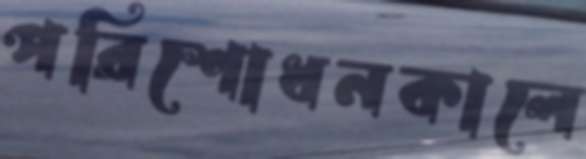
পরিশোধনকালে